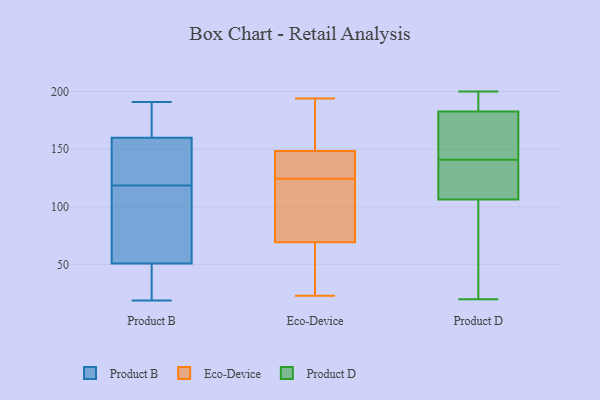
{"axis": {"x": "Page Views", "y": "Value"}, "legend": ["Eco-Device", "Product B", "Product D"], "data": [{"x": "", "y": 67, "type": "Product B"}, {"x": "", "y": 191, "type": "Product B"}, {"x": "", "y": 160, "type": "Product B"}, {"x": "", "y": 128, "type": "Product B"}, {"x": "", "y": 48, "type": "Product B"}, {"x": "", "y": 25, "type": "Product B"}, {"x": "", "y": 121, "type": "Product B"}, {"x": "", "y": 116, "type": "Product B"}, {"x": "", "y": 178, "type": "Product B"}, {"x": "", "y": 19, "type": "Product B"}, {"x": "", "y": 52, "type": "Product B"}, {"x": "", "y": 51, "type": "Product B"}, {"x": "", "y": 160, "type": "Product B"}, {"x": "", "y": 152, "type": "Product B"}, {"x": "", "y": 137, "type": "Eco-Device"}, {"x": "", "y": 194, "type": "Eco-Device"}, {"x": "", "y": 55, "type": "Eco-Device"}, {"x": "", "y": 160, "type": "Eco-Device"}, {"x": "", "y": 70, "type": "Eco-Device"}, {"x": "", "y": 194, "type": "Eco-Device"}, {"x": "", "y": 99, "type": "Eco-Device"}, {"x": "", "y": 134, "type": "Eco-Device"}, {"x": "", "y": 69, "type": "Eco-Device"}, {"x": "", "y": 23, "type": "Eco-Device"}, {"x": "", "y": 137, "type": "Eco-Device"}, {"x": "", "y": 115, "type": "Eco-Device"}, {"x": "", "y": 144, "type": "Product D"}, {"x": "", "y": 156, "type": "Product D"}, {"x": "", "y": 20, "type": "Product D"}, {"x": "", "y": 146, "type": "Product D"}, {"x": "", "y": 197, "type": "Product D"}, {"x": "", "y": 188, "type": "Product D"}, {"x": "", "y": 138, "type": "Product D"}, {"x": "", "y": 197, "type": "Product D"}, {"x": "", "y": 113, "type": "Product D"}, {"x": "", "y": 87, "type": "Product D"}, {"x": "", "y": 48, "type": "Product D"}, {"x": "", "y": 21, "type": "Product D"}, {"x": "", "y": 118, "type": "Product D"}, {"x": "", "y": 200, "type": "Product D"}, {"x": "", "y": 141, "type": "Product D"}, {"x": "", "y": 181, "type": "Product D"}, {"x": "", "y": 118, "type": "Product D"}]}